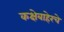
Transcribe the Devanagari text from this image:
कक्षेबाहेरचे